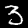
Label: 3